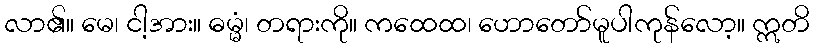
လာ၏။ မေ၊ ငါ့အား။ ဓမ္မံ၊ တရားကို။ ကထေထ၊ ဟောတော်မူပါကုန်လော့။ ဣတိ